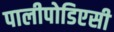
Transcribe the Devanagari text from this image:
पालीपोडिएसी